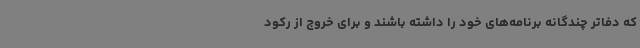
که دفاتر چندگانه برنامه‌های خود را داشته باشند و برای خروج از رکود